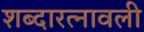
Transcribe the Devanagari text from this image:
शब्दारत्नावली